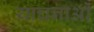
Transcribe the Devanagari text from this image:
याचनाओं